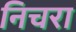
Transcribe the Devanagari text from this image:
निचरा